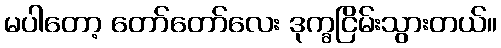
မပါတော့ တော်တော်လေး ဒုက္ခငြိမ်းသွားတယ်။